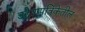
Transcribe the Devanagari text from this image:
उद्देशपत्रिकेतील